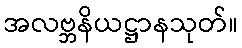
အလဗ္ဘနိယဋ္ဌာနသုတ်။